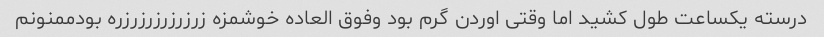
درسته یکساعت طول کشید اما وقتی اوردن گرم بود وفوق العاده خوشمزه زرزرزرزرزرزره بودممنونم